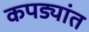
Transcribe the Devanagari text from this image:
कपड्यांत